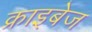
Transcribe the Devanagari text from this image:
क्राइबेज